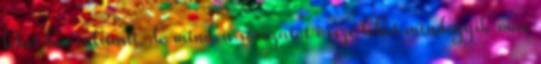
lehet haosnlítani. de minden sorozatot össze lehet mindegyik más